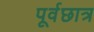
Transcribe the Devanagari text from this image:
पूर्वछात्र